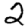
Digit: 2